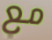
مع